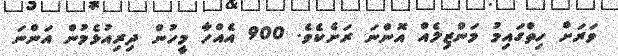
ވަރަށް ހިތްގައިމު މަންޒިލެއް އޮންނަ ރަށެކެވެ. 900 އެއްހާ މީހުން ދިރިއުޅެމުން އަންނަ